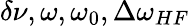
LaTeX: \delta\nu,\omega,\omega_{0},\Delta\omega_{HF}